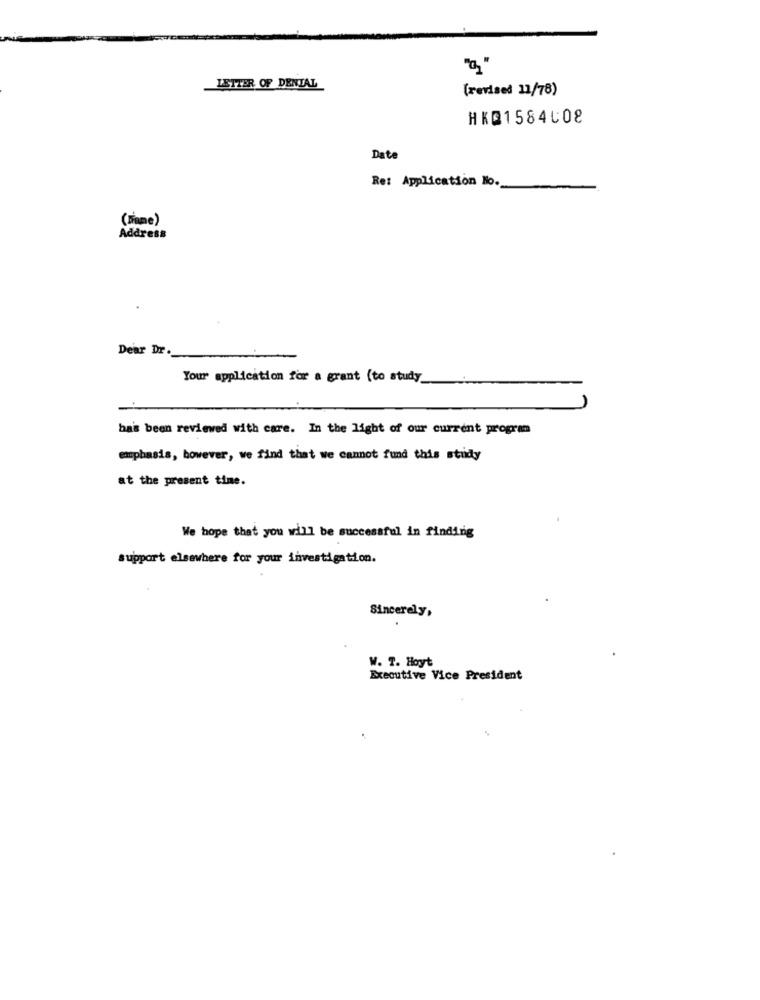
LETTER OF DENTAL
[revised 11/78)
HK@1584008
Date
Re: Application No.
(Tiame)
Address
Dear Dr.
Your application for a grant (to study.
ba's been reviewed with care. In the light of our current program
emphasis, however, we find that we cannot fund this study
at the present time.
We hope that you will be successful in finding
support elsewhere for your investigation.
Sincerely,
W. T. Hoyt
Executive Vice President